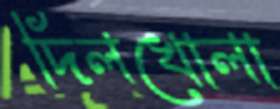
দিলখোলা